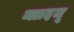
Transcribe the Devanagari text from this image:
व्लादजू